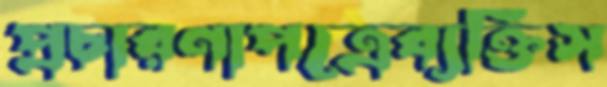
প্রচারণাপত্রেব্যক্তিস